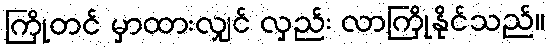
ကြိုတင် မှာထားလျှင် လှည်း လာကြိုနိုင်သည်။